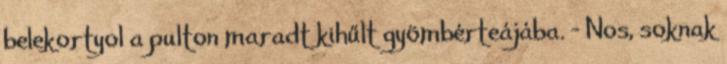
belekortyol a pulton maradt kihűlt gyömbérteájába. - Nos, soknak